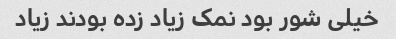
خیلی شور بود نمک زیاد زده بودند زیاد